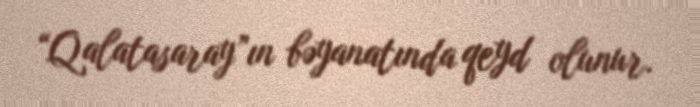
“Qalatasaray”ın bəyanatında qeyd olunur.